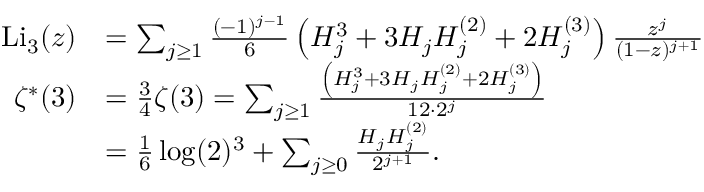
{ \begin{array} { r l } { { \mathrm { L i } } _ { 3 } ( z ) } & { = \sum _ { j \geq 1 } { \frac { ( - 1 ) ^ { j - 1 } } { 6 } } \left( H _ { j } ^ { 3 } + 3 H _ { j } H _ { j } ^ { ( 2 ) } + 2 H _ { j } ^ { ( 3 ) } \right) { \frac { z ^ { j } } { ( 1 - z ) ^ { j + 1 } } } } \\ { \zeta ^ { \ast } ( 3 ) } & { = { \frac { 3 } { 4 } } \zeta ( 3 ) = \sum _ { j \geq 1 } { \frac { \left( H _ { j } ^ { 3 } + 3 H _ { j } H _ { j } ^ { ( 2 ) } + 2 H _ { j } ^ { ( 3 ) } \right) } { 1 2 \cdot 2 ^ { j } } } } \\ & { = { \frac { 1 } { 6 } } \log ( 2 ) ^ { 3 } + \sum _ { j \geq 0 } { \frac { H _ { j } H _ { j } ^ { ( 2 ) } } { 2 ^ { j + 1 } } } . } \end{array} }